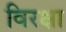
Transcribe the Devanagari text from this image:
विरक्षा